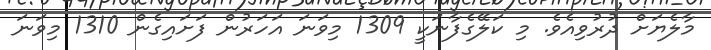
މާލެޔަށް ދުރުވިއެވެ. މި ކަލޭގެފާނަކީ 1309 މިވަނަ އަހަރުން ފަށައިގެން 1310 މިވަނަ